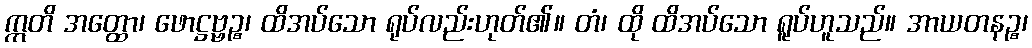
ဣတိ အတ္ထော၊ ဖောဋ္ဌဗ္ဗဉ္စ၊ ထိအပ်သော ရုပ်လည်းဟုတ်၏။ တံ၊ ထို ထိအပ်သော ရူပ်ဟူသည်။ အာယတနဉ္စ၊